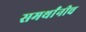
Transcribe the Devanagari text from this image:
समर्थांनीच